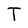
Character: T